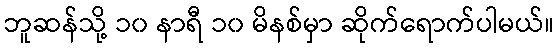
ဘူဆန်သို့ ၁၀ နာရီ ၁၀ မိနစ်မှာ ဆိုက်ရောက်ပါမယ်။